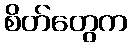
စိတ်တွေက